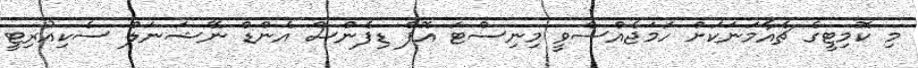
މި ކޮމިޓީގެ ޗެއާމަނަކަށް ހަމަޖެއްސެވީ މިނިސްޓަ އޮފް ޑިފެންސް އެންޑް ނޭޝަނަލް ސެކިއުރިޓީ